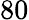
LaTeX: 80